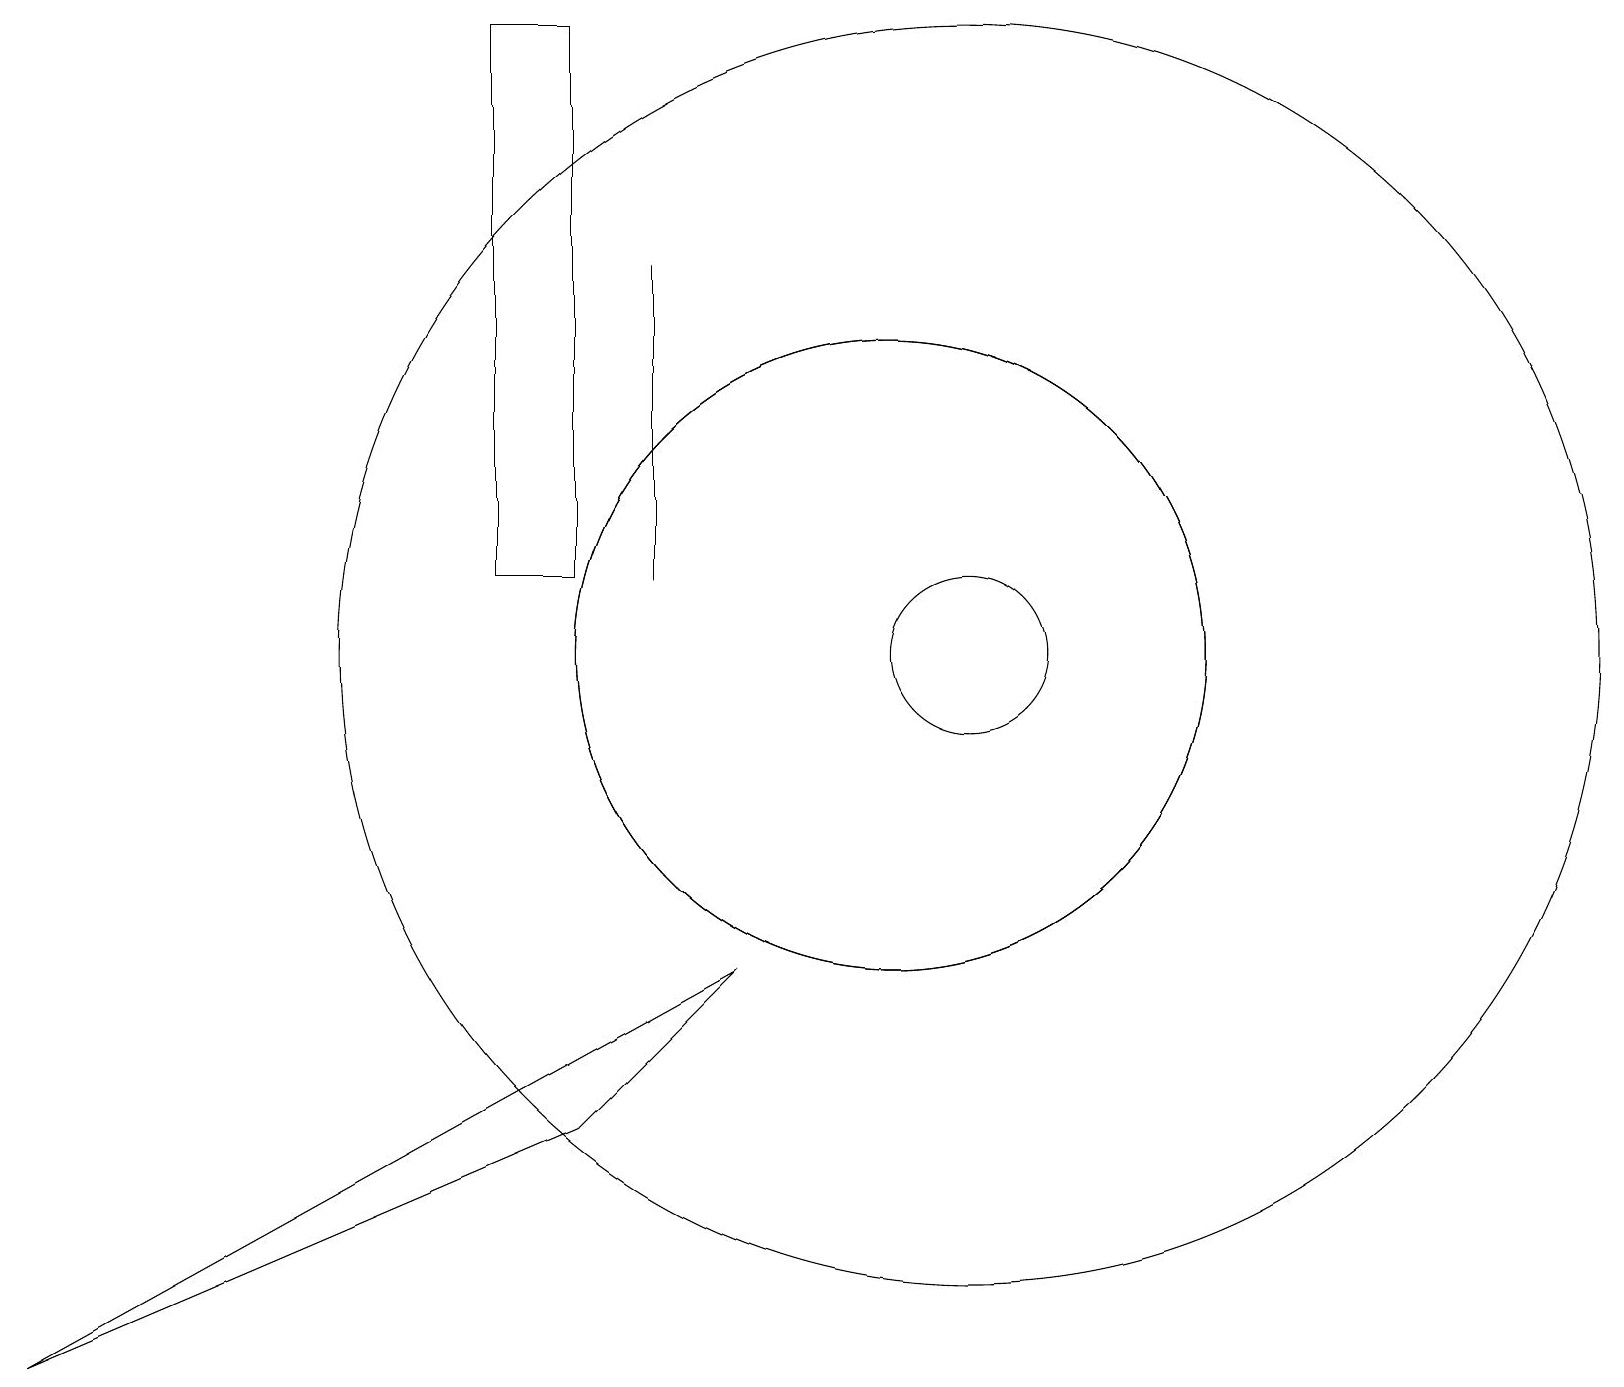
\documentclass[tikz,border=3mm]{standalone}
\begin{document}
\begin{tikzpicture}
\draw (12,11) circle (1);
\draw (7,5) -- (9,7) -- (0,2) -- cycle;
\draw (11,11) circle (4);
\draw (12,11) circle (8);
\draw (8,16) rectangle (8,12);
\draw (7,19) rectangle (6,12);
\draw (11,11) circle (4);
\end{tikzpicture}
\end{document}